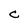
Character: C